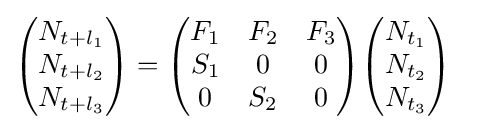
{\begin{aligned}{\begin{pmatrix}N_{t+l_{1}}\\N_{t+l_{2}}\\N_{t+l_{3}}\end{pmatrix}}&={\begin{pmatrix}F_{1}&F_{2}&F_{3}\\S_{1}&0&0\\0&S_{2}&0\end{pmatrix}}{\begin{pmatrix}N_{t_{1}}\\N_{t_{2}}\\N_{t_{3}}\end{pmatrix}}\end{aligned}}